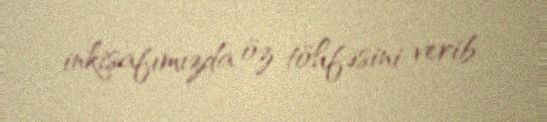
inkişafımızda öz töhfəsini verib.